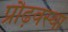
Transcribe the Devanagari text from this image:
प्रौढ़वस्था